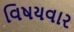
વિષયવાર